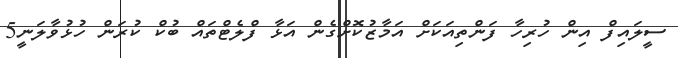
ސީލައިފް އިން ހުރިހާ ފަންތިއަކަށް އަމާޒުކޮށްގެން އަޅާ ފްލެޓްތައް ބުކް ކުރަން ހުޅުވާލަނީ5